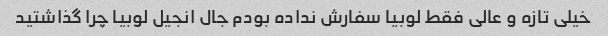
خیلی تازه و عالی فقط لوبیا سفارش نداده بودم جال انجیل لوبیا چرا گذاشتید